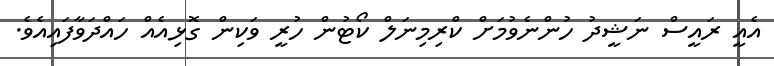
އެއީ ރައީސް ނަޝީދު ހުންނެވުމަށް ކްރިމިނަލް ކޯޓުން ހުރީ ވަކިން ގޮޅިއެއް ހައްދަވާފައިއެވެ.